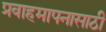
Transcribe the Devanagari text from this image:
प्रवाहमापनासाठी